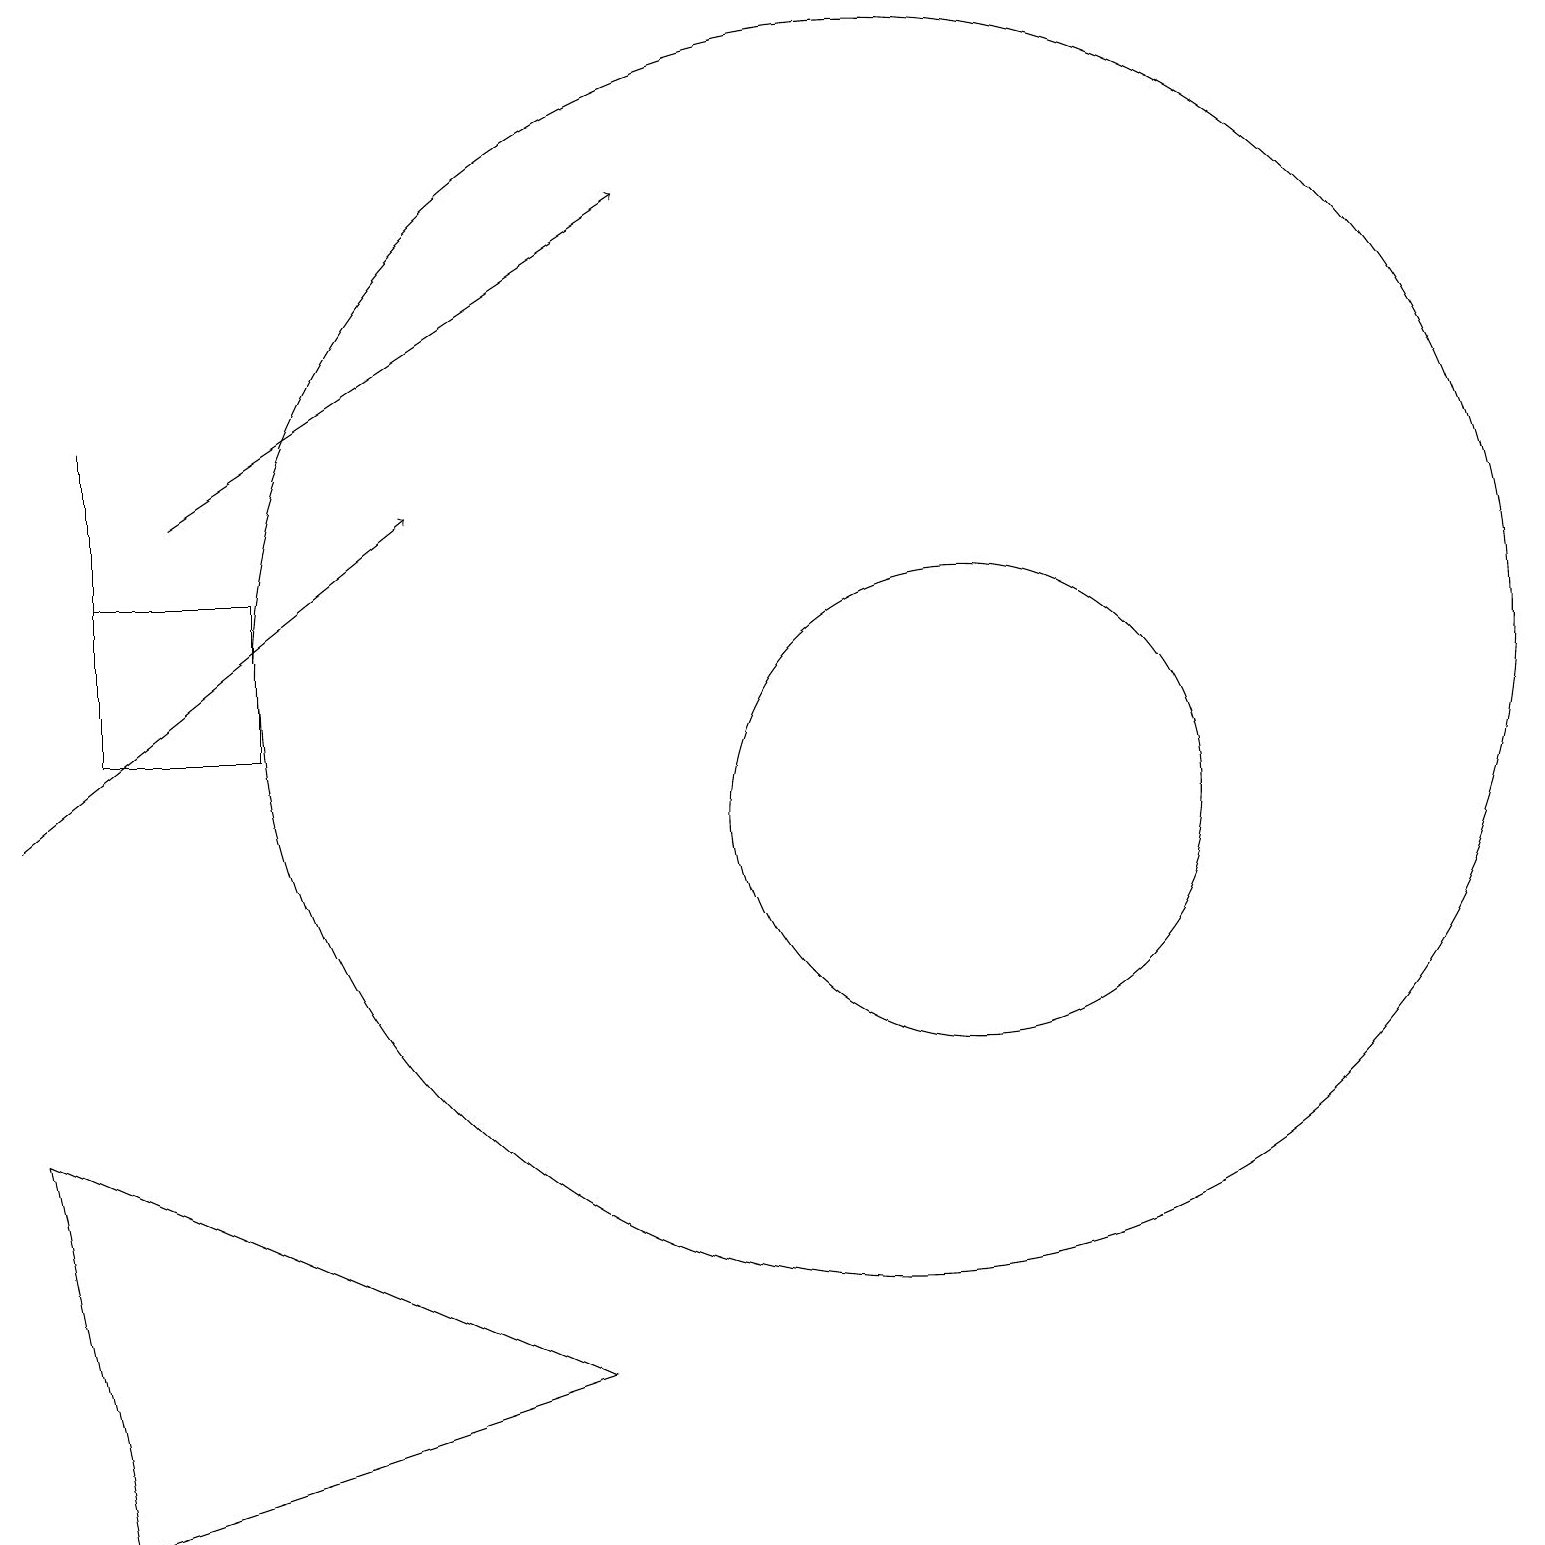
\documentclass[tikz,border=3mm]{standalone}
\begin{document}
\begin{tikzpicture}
\draw[->] (2,14) -- (8,18);
\draw (12,10) circle (3);
\draw (1,12) rectangle (1,15);
\draw (11,12) circle (8);
\draw (1,1) -- (7,3) -- (0,6) -- cycle;
\draw (1,11) rectangle (3,13);
\draw[->] (0,10) -- (5,14);
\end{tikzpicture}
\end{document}